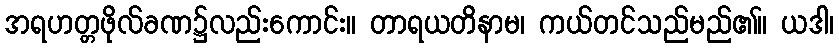
အရဟတ္တဖိုလ်ခဏ၌လည်းကောင်း။ တာရယတိနာမ၊ ကယ်တင်သည်မည်၏။ ယဒါ၊